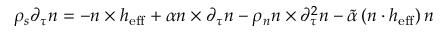
\rho _ { s } \partial _ { \tau } \boldsymbol { n } = - \boldsymbol { n } \times \boldsymbol { h } _ { \mathrm { e f f } } + \alpha \boldsymbol { n } \times \partial _ { \tau } \boldsymbol { n } - \rho _ { n } \boldsymbol { n } \times \partial _ { \tau } ^ { 2 } \boldsymbol { n } - \tilde { \alpha } \left( \boldsymbol { n } \cdot \boldsymbol { h } _ { \mathrm { e f f } } \right) \boldsymbol { n }